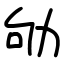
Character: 劬